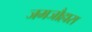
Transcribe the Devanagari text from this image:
जमजौहारा